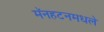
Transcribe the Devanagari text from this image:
मॅनहटनमधले